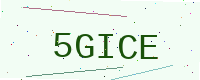
Text: 5GICE